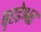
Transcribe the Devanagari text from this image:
बृहडेश्वर